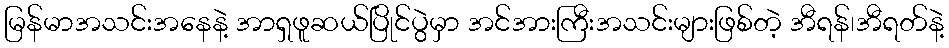
မြန်မာအသင်းအနေနဲ့ အာရှဖူဆယ်ပြိုင်ပွဲမှာ အင်အားကြီးအသင်းများဖြစ်တဲ့ အီရန်၊အီရတ်နဲ့